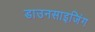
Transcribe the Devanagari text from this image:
डाउनसाइजिंग